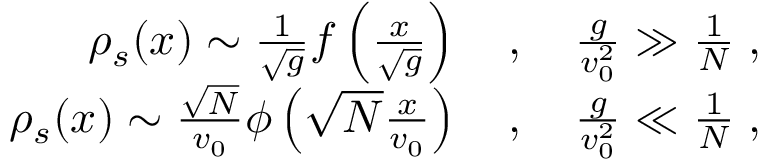
\begin{array} { r l r } & { } & { \rho _ { s } ( x ) \sim \frac { 1 } { \sqrt { g } } f \left( \frac { x } { \sqrt { g } } \right) \quad , \quad \frac { g } { v _ { 0 } ^ { 2 } } \gg \frac { 1 } { N } \; , } \\ & { } & { \rho _ { s } ( x ) \sim \frac { \sqrt { N } } { v _ { 0 } } \phi \left( \sqrt { N } \frac { x } { v _ { 0 } } \right) \quad , \quad \frac { g } { v _ { 0 } ^ { 2 } } \ll \frac { 1 } { N } \; , } \end{array}